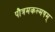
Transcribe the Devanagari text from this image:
पौत्रमकल्मषम्